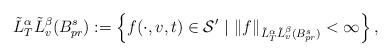
LaTeX: \begin{align*}\tilde{L}^\alpha_T \tilde{L}^\beta_v (B^s_{pr}):= \left\{ f(\cdot,v,t) \in \mathcal{S}' \ \vert\ \Vert f \Vert_{\tilde{L}^\alpha_T \tilde{L}^\beta_v (B^s_{pr})} < \infty \right\},\end{align*}